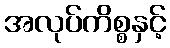
အလုပ်ကိစ္စနှင့်